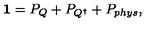
{ \mathbf 1 } = P _ { Q } + P _ { Q ^ { \dagger } } + P _ { p h y s } ,